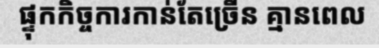
ផ្ទុកកិច្ចការកាន់តែច្រើន គ្មានពេល